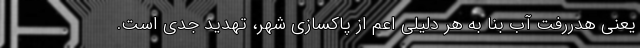
یعنی هدررفت آب بنا به هر دلیلی اعم از پاکسازی شهر، تهدید جدی است.